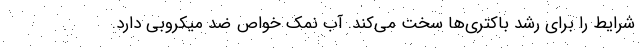
شرایط را برای رشد باکتری‌ها سخت می‌کند. آب نمک خواص ضد میکروبی دارد.